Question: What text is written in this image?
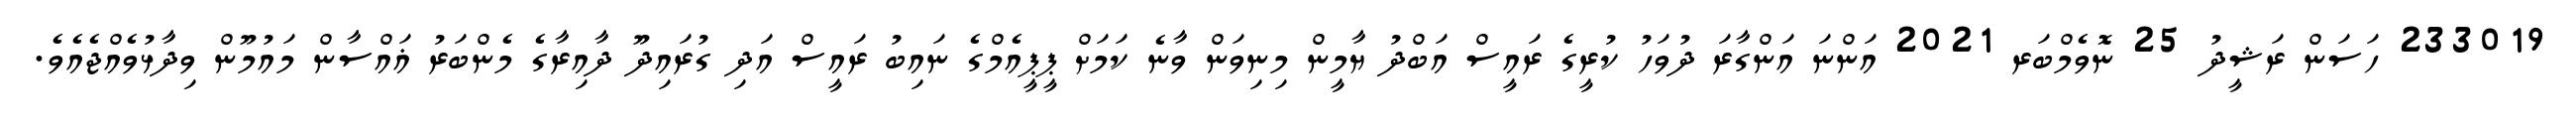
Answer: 233019 ހަސަން ރަޝީދު 25 ނޮވެމްބަރ 2021 އަންނަ އަންގާރަ ދުވަހު ކުރީގެ ރައީސް އަބްދު ޔާމީން މިނިވަން ވާނެ ކަމަށް ޕީޕީއެމްގެ ނައިބު ރައީސް އަދި ގުރައިދޫ ދާއިރާގެ މެންބަރު ޣައްސާން މައުމޫން ވިދާޅުވެއްޖެއެވެ.